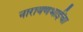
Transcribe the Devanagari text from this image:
नारायणभाईंचा